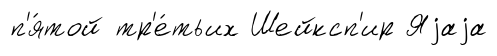
п'я́той тр'е́тьих Шейксп'ир Яjаjа